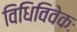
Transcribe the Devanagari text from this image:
विधिविवेकः